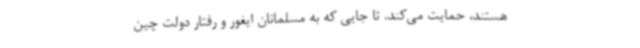
هستند، حمایت می‌کند. تا جایی که به مسلمانان ایغور و رفتار دولت چین